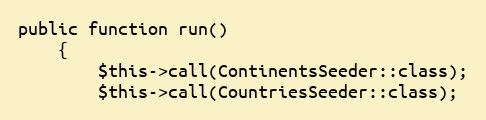
Language: PHP
public function run()
    {
        $this->call(ContinentsSeeder::class);
        $this->call(CountriesSeeder::class);